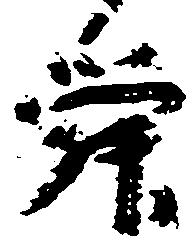
舜